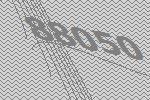
88050